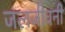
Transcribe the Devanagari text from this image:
जलजीवनी